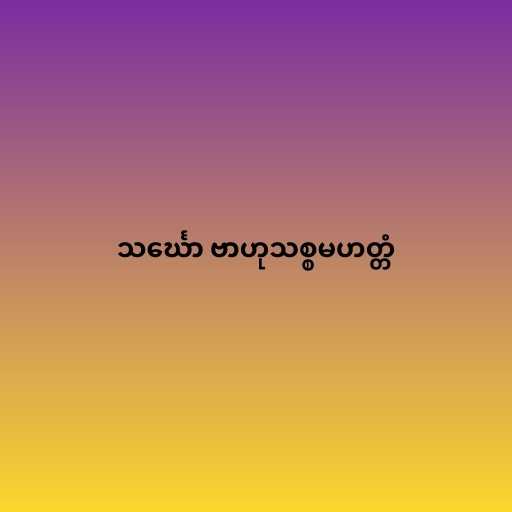
သင်္ဃော ဗာဟုသစ္စမဟတ္တံ